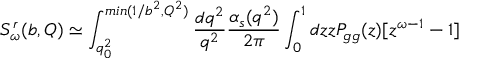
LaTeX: S _ { \omega } ^ { r } ( b , Q ) \simeq \int _ { q _ { 0 } ^ { 2 } } ^ { m i n ( 1 / b ^ { 2 } , Q ^ { 2 } ) } { \frac { d q ^ { 2 } } { q ^ { 2 } } } { \frac { \alpha _ { s } ( q ^ { 2 } ) } { 2 \pi } } \int _ { 0 } ^ { 1 } d z z P _ { g g } ( z ) [ z ^ { \omega - 1 } - 1 ]